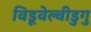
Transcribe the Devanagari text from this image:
विडूवेल्वीडुगु